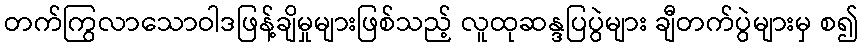
တက်ကြွလာသောဝါဒဖြန့်ချိမှုများဖြစ်သည့် လူထုဆန္ဒပြပွဲများ ချီတက်ပွဲများမှ စ၍